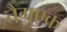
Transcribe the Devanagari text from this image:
तैगुएक